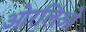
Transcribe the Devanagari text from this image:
ओरलिओ